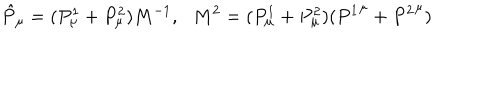
\hat { P } _ { \mu } = ( P _ { \mu } ^ { 1 } + P _ { \mu } ^ { 2 } ) M ^ { - 1 } , \, \, \, \, M ^ { 2 } = ( P _ { \mu } ^ { 1 } + P _ { \mu } ^ { 2 } ) ( { P ^ { 1 } } ^ { \mu } + { P ^ { 2 } } ^ { \mu } )